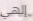
إلهي